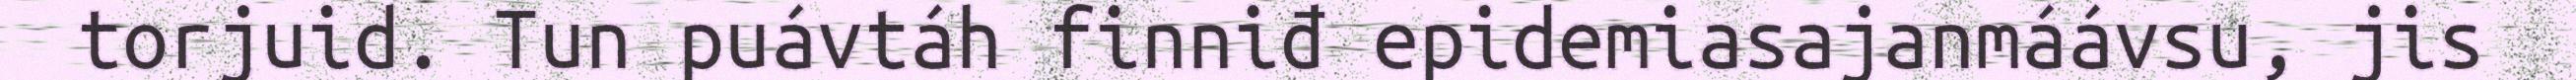
torjuid. Tun puávtáh finniđ epidemiasajanmáávsu, jis